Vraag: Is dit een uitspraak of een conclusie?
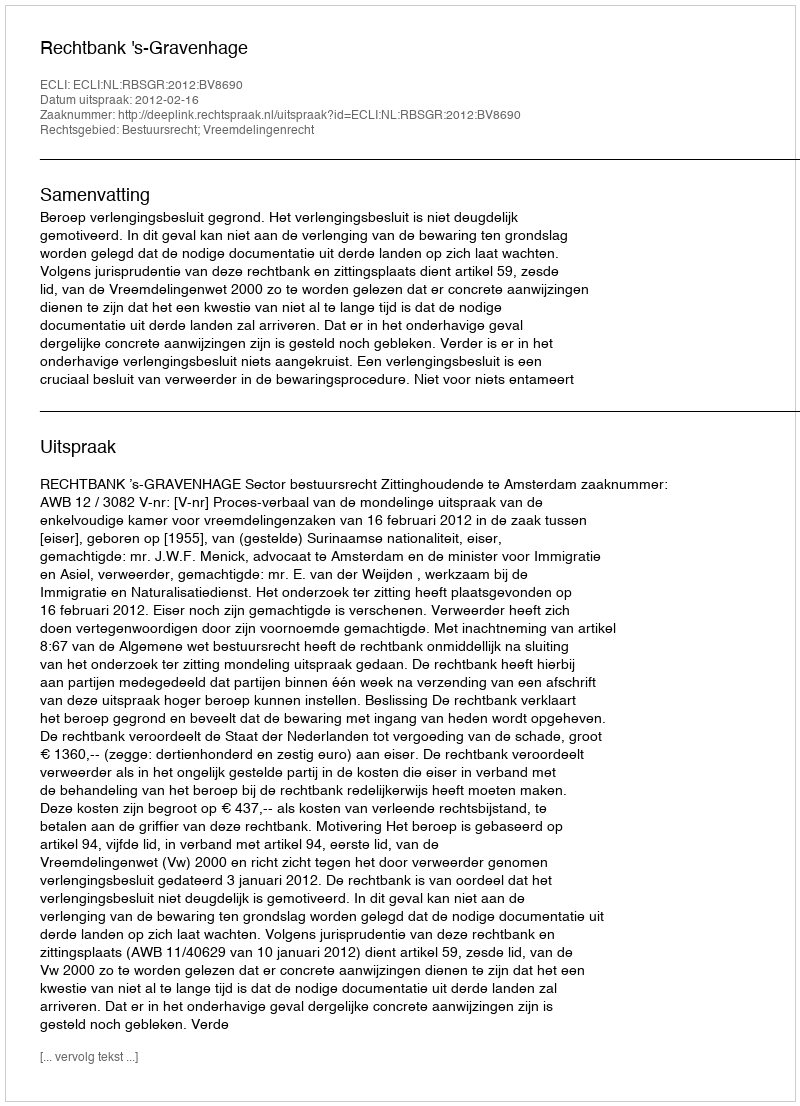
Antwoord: Uitspraak